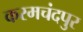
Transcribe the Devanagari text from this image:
करमचंदपुर